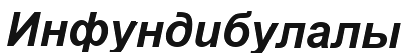
Инфундибулалы